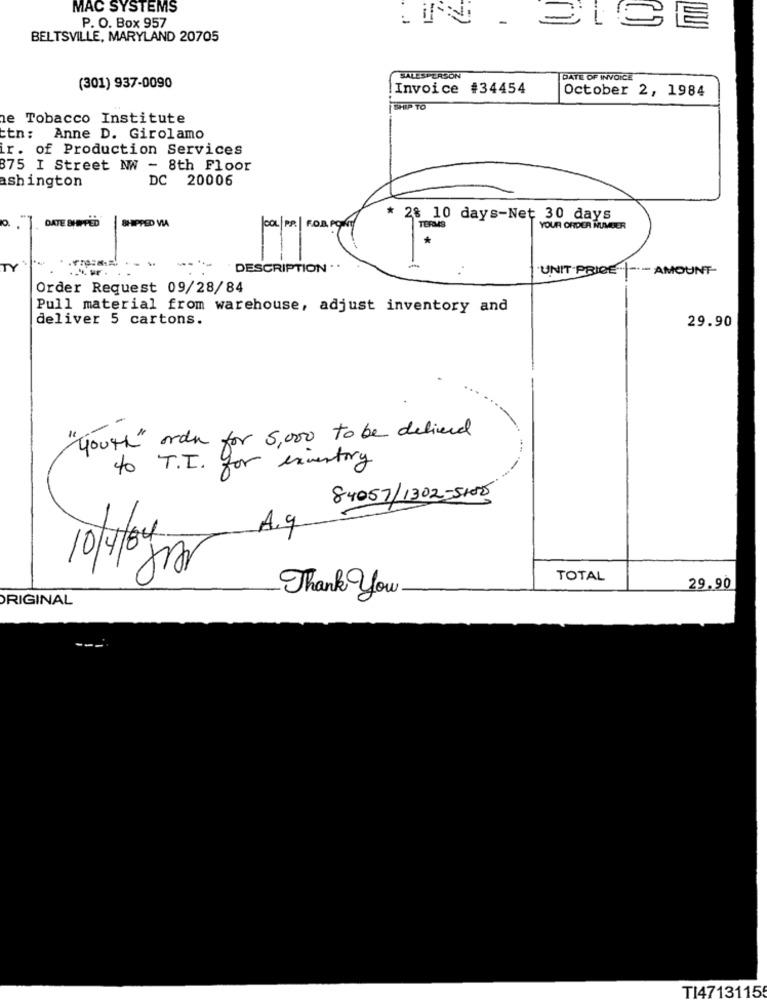
MAC SYSTEMS
P. O. Box 957
LIN _ SICE
BELTSVILLE, MARYLAND 20705
SALESPERSON
DATE OF INVOICE
(301) 937-0090
Invoice #34454
October 2, 1984
SHIP TO
e Tobacco Institute
tn: Anne D. Girolamo
ir. of Production Services
875 I Street NW - 8th Floor
ashington
DC 20006
DATE SHIPPED
* 28 10 days-Net 30 days
.
SHIPPED VIA
COL |PR. | FOR POINT
TEFO
YOUR ORDER NUMBER
TY
DESCRIPTION . .
UNIT PRICE | -- AMOUNT-
Order Request 09/28/84
Pull material from warehouse, adjust inventory and
deliver 5 cartons.
29.90
-
youth orden for 5,000 to be delivered
to T.I. for excertory
84057/1302-5105
A.g
10/4/04
TOTAL
Thank You.
29.90
ORIGINAL
TI47131155